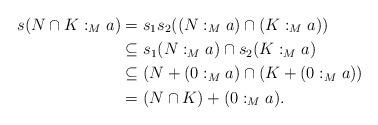
LaTeX: \begin{align*}s(N\cap K:_{M}a)&=s_{1}s_{2}((N:_{M}a)\cap (K:_{M}a))\\& \subseteq s_{1}(N:_{M}a)\cap s_{2} (K:_{M}a)\\&\subseteq (N+(0:_{M}a)\cap (K+(0:_{M}a))\\&=(N\cap K)+(0:_{M}a).\end{align*}